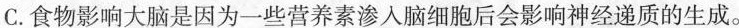
C.食物影响大脑是因为一些营养素渗入脑细胞后会影响神经递质的生成。